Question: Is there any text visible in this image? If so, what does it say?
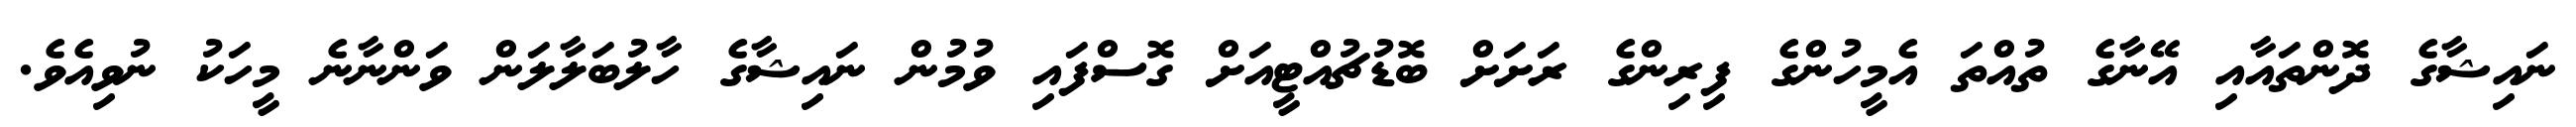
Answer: ނައިޝާގެ ދޮންތައާއި އޭނާގެ ތުއްތަ އެމީހުންގެ ފިރިންގެ ރަށަށް ބޮޑުޗުއްޓީއަށް ގޮސްފައި ވުމުން ނައިޝާގެ ހާލުބަލާލަން ވަންނާނެ މީހަކު ނުވިއެވެ.